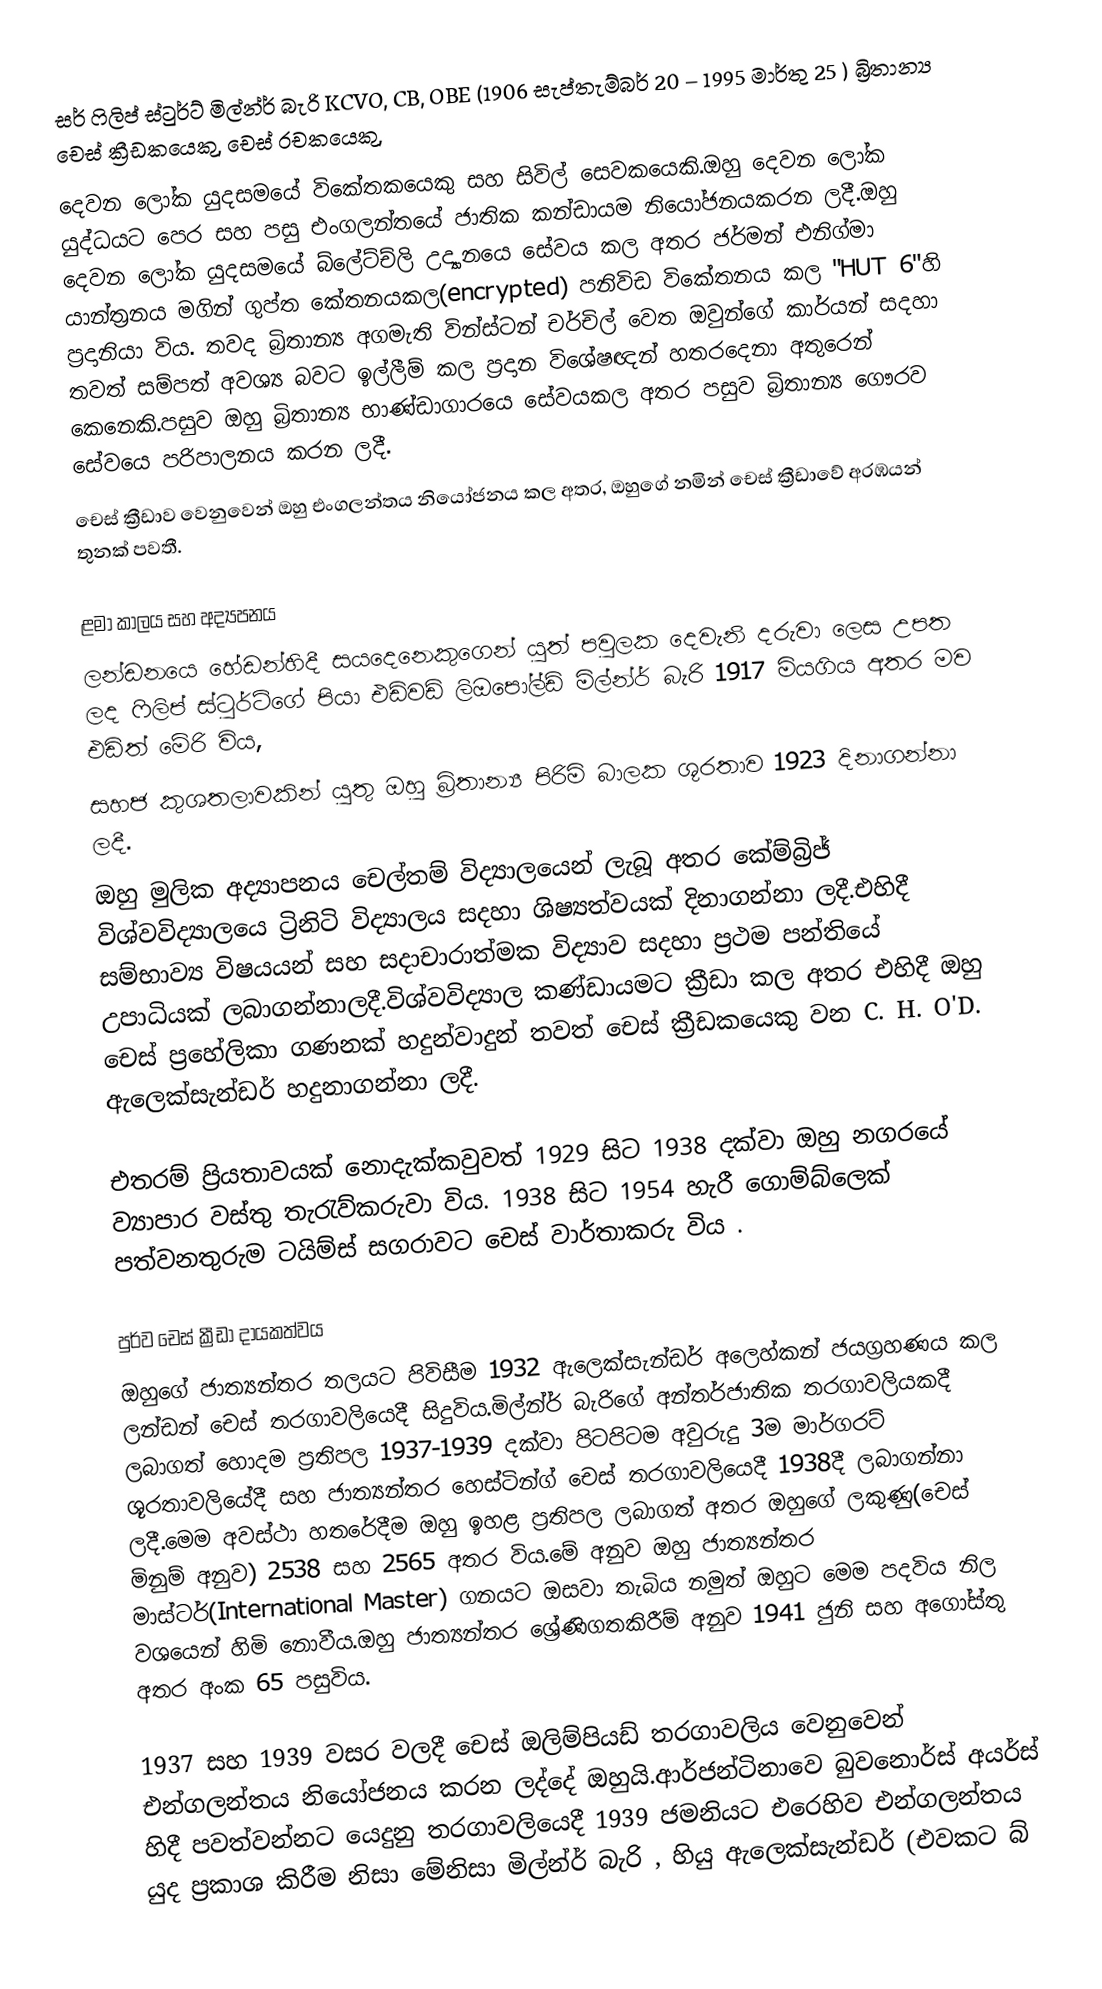
සර්  ෆිලිප් ස්ටුර්ට් මිල්න්ර් බැරි KCVO, CB, OBE (1906 සැප්තැම්බර් 20  – 1995 මාර්තු 25 ) බ්‍රිතාන්‍ය චෙස් ක්‍රීඩකයෙකු, චෙස්  රචකයෙකු,
දෙවන ලෝක යුදසමයේ විකේතකයෙකු සහ සිවිල් සෙවකයෙකි.ඔහු දෙවන ලෝක යුද්ධයට පෙර සහ පසු එංගලන්තයේ ජාතික කන්ඩායම නියෝජනයකරන ලදී.ඔහු දෙවන ලෝක  යුදසමයේ බ්ලේට්ච්ලි උද්‍යානයෙ සේවය කල අතර ජර්මන් එනිග්මා යාන්ත්‍රනය මගින් ගුප්ත කේතනයකල(encrypted) පනිවිඩ විකේතනය කල "HUT 6"හි ප්‍රදානියා විය. තවද  බ්‍රිතාන්‍ය අගමැති වින්ස්ටන් චර්චිල් වෙත ඔවුන්ගේ කාර්යන් සදහා තවත් සම්පත් අවශ්‍ය බවට ඉල්ලීම් කල ප්‍රදාන විශේෂඥන් හතරදෙනා අතුරෙන් කෙනෙකි.පසුව ඔහු බ්‍රිතාන්‍ය භාණ්ඩාගාරයෙ සේවයකල අතර පසුව බ්‍රිතාන්‍ය  ගෞරව  සේවයෙ පරිපාලනය කරන ලදී.
චෙස් ක්‍රීඩාව වෙනුවෙන් ඔහු එංගලන්තය  නියෝජනය කල අතර, ඔහුගේ නමින් චෙස් ක්‍රීඩාවේ අරඹයන් තුනක් පවතී.

ළමා කාලය සහ අද්‍යපනය
ලන්ඩනයෙ හේඩන්හිදී සයදෙනෙකුගෙන් යුත් පවුලක දෙවැනි දරුවා ලෙස උපත ලද ෆිලිප් ස්ටුර්ට්ගේ පියා එඩ්වඩ් ලිඔපෝල්ඩ් මිල්න්ර් බැරි 1917 මියගිය අතර මව එඩිත් මේරි විය,
සහජ කුශතලාවකින් යුතු ඔහු බ්‍රිතාන්‍ය පිරිමි බාලක ශූරතාව 1923 දිනාගන්නා ලදී.
ඔහු මුලික අද්‍යාපනය චෙල්තම් විද්‍යාලයෙන් ලැබූ අතර කේම්බ්‍රිජ් විශ්වවිද්‍යාලයෙ ට්‍රිනිටි විද්‍යාලය සදහා ශිෂ්‍යත්වයක් දිනාගන්නා ලදී.එහිදී සම්භාව්‍ය  විෂයයන් සහ සදාචාරාත්මක විද්‍යාව සදහා ප්‍රථම පන්තියේ උපාධියක් ලබාගන්නාලදී.විශ්වවිද්‍යාල කණ්ඩායමට ක්‍රීඩා කල  අතර එහිදී ඔහු චෙස් ප්‍රහේලිකා ගණනක් හදුන්වාදුන් තවත් චෙස් ක්‍රීඩකයෙකු වන  C. H. O'D.  ඇලෙක්සැන්ඩර්  හදුනාගන්නා ලදී.

එතරම් ප්‍රියතාවයක් නොදැක්කවුවත් 1929 සිට 1938 දක්වා ඔහු නගරයේ ව්‍යාපාර වස්තු තැරැව්කරුවා විය. 1938 සිට 1954 හැරී ගොම්බ්ලෙක් පත්වනතුරුම ටයිම්ස් සගරාවට චෙස් වාර්තාකරු විය .

පුර්ව චෙස් ක්‍රීඩා දායකත්වය
ඔහුගේ ජාත්‍යන්තර තලයට පිවිසීම 1932 ඇලෙක්සැන්ඩර් අලෙහ්කන් ජයග්‍රහණය කල  ලන්ඩන් චෙස් තරගාවලියෙදී සිදුවිය.මිල්න්ර් බැරිගේ අන්තර්ජාතික තරගාවලියකදී ලබාගත් හොදම ප්‍රතිපල 1937-1939 දක්වා පිටපිටම අවුරුදු 3ම  මාර්ගරට් ශූරතාවලියේදී සහ ජාත්‍යන්තර හෙස්ටින්ග් චෙස් තරගාවලියෙදී 1938දී ලබාගන්නා ලදී.මෙම අවස්ථා හතරේදීම ඔහු ඉහළ ප්‍රතිපල ලබාගත්  අතර ඔහුගේ ලකුණු(චෙස් මිනුම් අනුව) 2538 සහ 2565 අතර විය.මේ අනුව ඔහු ජාත්‍යන්තර මාස්ටර්(International Master) ගනයට ඔසවා තැබිය නමුත් ඔහුට මෙම පදවිය නිල වශයෙන් හිමි නොවීය.ඔහු ජාත්‍යන්තර ශ්‍රේණිගතකිරීම් අනුව 1941 ජුනි සහ අගෝස්තු අතර අංක 65 පසුවිය.

1937 සහ 1939 වසර වලදී චෙස් ඔලිම්පියඩ් තරගාවලිය වෙනුවෙන් එන්ගලන්තය නියෝජනය කරන ලද්දේ ඔහුයි.ආර්ජන්‍ටිනාවෙ  බුවනොර්ස් අයර්ස්  හිදී  පවත්වන්නට යෙදුනු තරගාවලියෙදී 1939 ජමනියට එරෙහිව එන්ගලන්තය යුද ප්‍රකාශ කිරීම නිසා මේනිසා මිල්න්ර් බැරි , හියු ඇලෙක්සැන්ඩර් (එවකට බ්